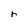
Character: r